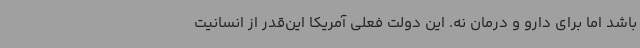
باشد اما برای دارو و درمان نه. این دولت فعلی آمریکا این‌قدر از انسانیت